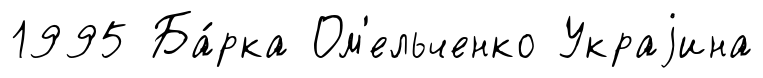
1995 Ба́рка Ом'ельченко Украjина